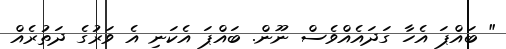
" ބައްޕަ އެހާ ގަދައެއްވެސް ނޫން. ބައްޕަ އެކަނި އެ ވަރުގެ ދަތުރެއް